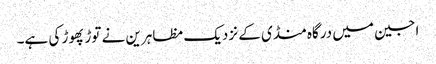
اجین میں درگاہ منڈی کے نزدیک مظاہرین نے توڑ پھوڑ کی ہے۔